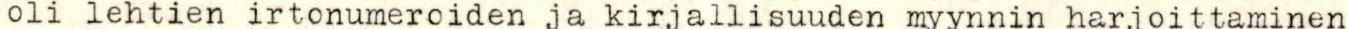
oli lehtien irtonumeroiden ja kirjallisuuden myynnin harjoittaminen